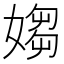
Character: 媰